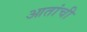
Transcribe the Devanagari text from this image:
आतांची